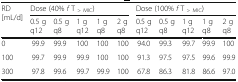
<table><thead><tr><td rowspan="2"><b>RD[mL/d]</b></td><td colspan="5"><b>Dose (40% <i>f</i> T <sub>&gt; MIC</sub>)</b></td><td colspan="5"><b>Dose (100% <i>f</i> T <sub>&gt; MIC</sub>)</b></td></tr><tr><td><b>0.5 gq12</b></td><td><b>0.5 gq8</b></td><td><b>1 gq12</b></td><td><b>1 gq8</b></td><td><b>2 gq8</b></td><td><b>0.5 gq12</b></td><td><b>0.5 gq8</b></td><td><b>1 gq12</b></td><td><b>1 gq8</b></td><td><b>2 gq8</b></td></tr></thead><tbody><tr><td>0</td><td>99.9</td><td>99.9</td><td>100</td><td>100</td><td>100</td><td>94.0</td><td>99.3</td><td>99.7</td><td>99.9</td><td>100</td></tr><tr><td>100</td><td>99.7</td><td>99.9</td><td>99.9</td><td>100</td><td>100</td><td>91.3</td><td>97.5</td><td>97.5</td><td>99.6</td><td>99.9</td></tr><tr><td>300</td><td>97.8</td><td>99.6</td><td>99.7</td><td>99.9</td><td>100</td><td>67.8</td><td>86.3</td><td>81.8</td><td>86.6</td><td>97.0</td></tr></tbody></table>